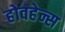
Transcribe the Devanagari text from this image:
होवहेन्स